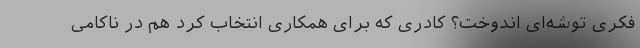
فکری توشه‌ای اندوخت؟ کادری که برای همکاری انتخاب کرد هم در ناکامی